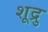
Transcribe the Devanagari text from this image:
शूद्रु